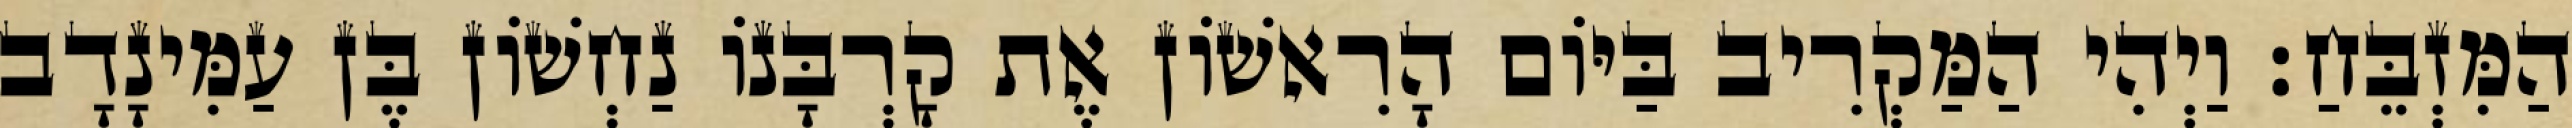
הַמִּזְבֵּחַ׃ וַיְהִי הַמַּקְרִיב בַּיּוֹם הָרִאשׁוֹן אֶת קָרְבָּנוֹ נַחְשׁוֹן בֶּן עַמִּינָדָב